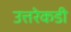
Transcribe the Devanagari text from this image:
उत्तरेकडी